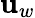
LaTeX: \mathbf{u}_{w}